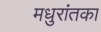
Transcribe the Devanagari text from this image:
मधुरांतका